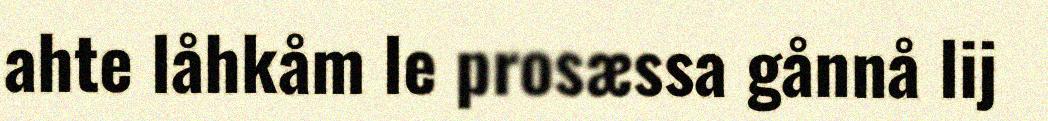
ahte låhkåm le prosæssa gånnå lij